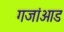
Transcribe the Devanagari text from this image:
गजांआड